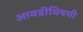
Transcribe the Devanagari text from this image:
आवडीविषयी